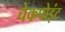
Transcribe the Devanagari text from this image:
चेकपोइंट